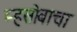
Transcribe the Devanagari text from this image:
म्हसोबाचा